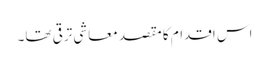
اس اقدام کا مقصد معاشی ترقی تھا۔